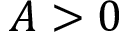
A > 0